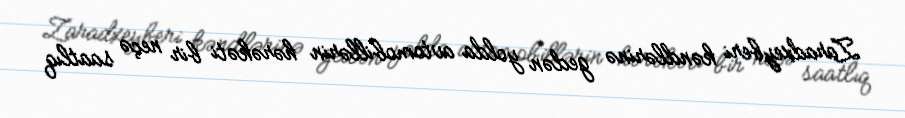
Zaradxeyberi kəndlərinə gedən yolda avtomobillərin hərəkəti bir neçə saatlıq